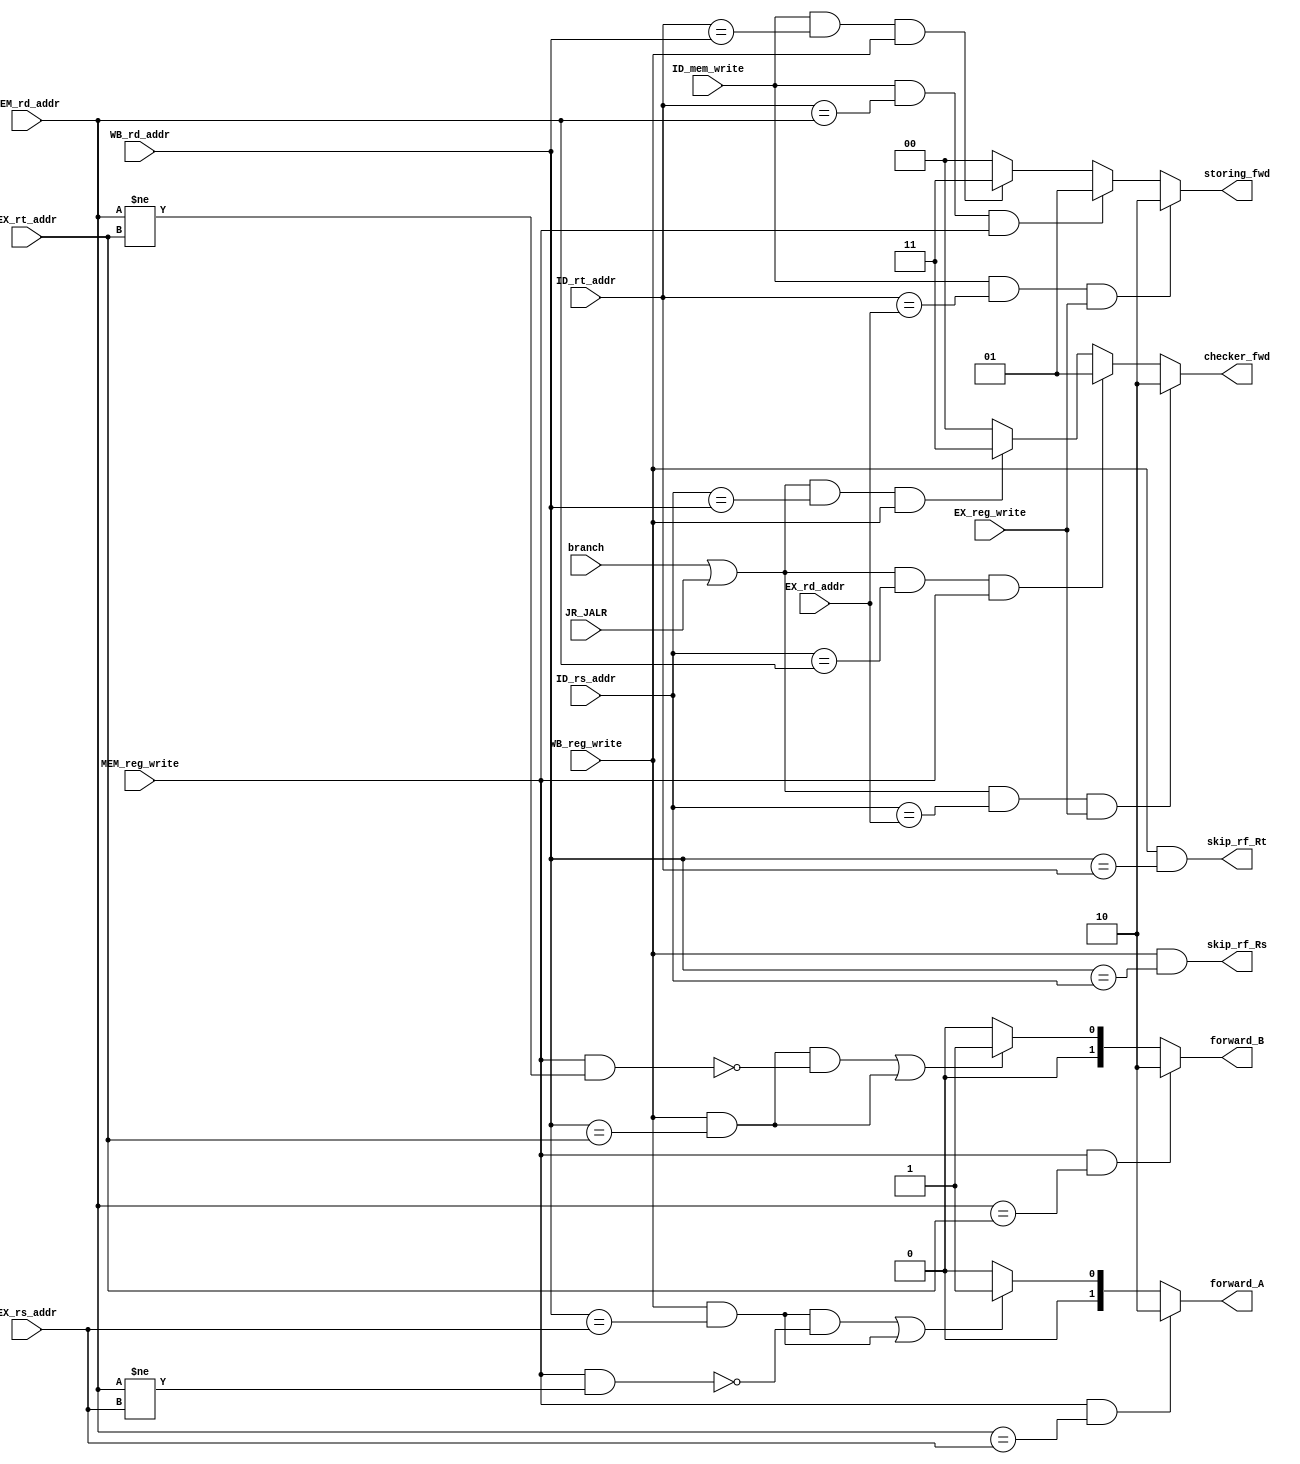
////////////////////////////////////////////////////////
// Project      : WiscSP13 - Pipelined                //
// Module       : frwrd_block                         //
// Descrption   : Controls forwarding of ALU inputs   //
////////////////////////////////////////////////////////

module frwrd_block (EX_rs_addr, EX_rt_addr, EX_rd_addr, MEM_rd_addr, WB_rd_addr, branch,
					MEM_reg_write, WB_reg_write, ID_rt_addr, ID_mem_write, checker_fwd, 
					ID_rs_addr, skip_rf_Rs, skip_rf_Rt, forward_A, forward_B, storing_fwd,
					JR_JALR, EX_reg_write);

/*****************************************************|
|********* Input/ Output Signal Declarations *********|
|*****************************************************/
    //Input CLK & RST
		//None

    //Input Signals
		
        input wire	[2:0]	EX_rs_addr,		// ID/EX.RegRs
                    		EX_rt_addr,		// ID/EX.RegRt
                    		EX_rd_addr,		// ID/EX.RegRd
                    		MEM_rd_addr,	// EX/MEM.RegRd
                    		WB_rd_addr,		// MEM/WB.RegRd
							ID_rs_addr,		// IF/ID.RegRs
							ID_rt_addr;		// IF/ID.RegRt
        
    //Input Control Signals
        input	wire	MEM_reg_write,	// EX/MEM.RegWrite
            			WB_reg_write,	// MEM/WB.RegWrite
						ID_mem_write,
						EX_reg_write,
						branch,
						JR_JALR;
        
    //Output Signals
        output wire	[1:0]	forward_A,	// Control sig to forward to A input of ALU 
        					forward_B,	// Control sig to forward to B input of ALU 
							storing_fwd,
							checker_fwd;
		
		output wire 		skip_rf_Rs,	// Control sign to bypass reg file writing for Rs
							skip_rf_Rt; // Control sign to bypass reg file writing for Rt	
    
/*****************************************************|
|********** Internal Signal Declarations *************|
|*****************************************************/
	wire	A_needs_EX_fwd, B_needs_EX_fwd, 
			A_needs_MEM_fwd, B_needs_MEM_fwd,
			A_needs_WB_fwd, B_needs_WB_fwd;

	wire	storing_needs_EX_fwd,
			storing_needs_MEM_fwd,
			storing_needs_bypass,
			checker_needs_EX_fwd,
			checker_needs_MEM_fwd,
			checker_needs_bypass;			

/*****************************************************|
|********* Internal Module Instantitations ***********|
|*****************************************************/
	//None

/*****************************************************|
|***************** Internal Logic ********************|
|*****************************************************/
	//Register Forwarding
	assign skip_rf_Rs = WB_reg_write & (WB_rd_addr == ID_rs_addr);
	assign skip_rf_Rt = WB_reg_write & (WB_rd_addr == ID_rt_addr);

	//EX Forwarding
	/*
	if (EX/MEM.RegWrite AND (EX/MEM.RegisterRd  0) AND (EX/MEM.RegisterRd = ID/EX.RegisterRs)) 
		ForwardA = 10
	if (EX/MEM.RegWrite AND (EX/MEM.RegisterRd  0) AND (EX/MEM.RegisterRd = ID/EX.RegisterRt)) 
		ForwardB = 10
	*/

	assign 	A_needs_EX_fwd = MEM_reg_write & (MEM_rd_addr == EX_rs_addr);
	assign	B_needs_EX_fwd = MEM_reg_write & (MEM_rd_addr == EX_rt_addr);

	//MEM Forwarding
	/*
	if (MEM/WB.RegWrite AND 
			(MEM/WB.RegisterRd = ID/EX.RegisterRs)) AND 
				not(EX/MEM.RegWrite and (EX/MEM.RegisterRd  0)  and (EX/MEM.RegisterRd  ID/EX.RegisterRs)) 
		ForwardA = 01
	if (
		MEM/WB.RegWrite AND
				(MEM/WB.RegisterRd = ID/EX.RegisterRt)) AND
					not(EX/MEM.RegWrite AND (EX/MEM.RegisterRd  0) and (EX/MEM.RegisterRd  ID/EX.RegisterRt)) 
		ForwardB = 01
	*/
	assign 	A_needs_MEM_fwd = 	WB_reg_write & (WB_rd_addr == EX_rs_addr) & ~(MEM_reg_write & (MEM_rd_addr != EX_rs_addr));
	assign	B_needs_MEM_fwd = 	WB_reg_write & (WB_rd_addr == EX_rt_addr) & ~(MEM_reg_write & (MEM_rd_addr != EX_rt_addr));
	
	//WB Forwarding
	// assign 	A_needs_WB_fwd = MEM_reg_write & (WB_rd_addr == EX_rs_addr);
	// assign	B_needs_WB_fwd = MEM_reg_write & (WB_rd_addr == EX_rt_addr);
	assign 	A_needs_WB_fwd = WB_reg_write & (WB_rd_addr == EX_rs_addr);
	assign	B_needs_WB_fwd = WB_reg_write & (WB_rd_addr == EX_rt_addr);

	assign forward_A =	A_needs_EX_fwd 	? 2'b10 :
						(A_needs_MEM_fwd | A_needs_WB_fwd)? 2'b01 :
						2'b00;

	assign forward_B =	B_needs_EX_fwd 						? 2'b10 :
						(B_needs_MEM_fwd | B_needs_WB_fwd)  ? 2'b01 :
						2'b00;

	//Forwarding for proper storage during memory store operations	
	assign storing_needs_EX_fwd  = ID_mem_write & (ID_rt_addr == EX_rd_addr)  & EX_reg_write;
	assign storing_needs_MEM_fwd = ID_mem_write & (ID_rt_addr == MEM_rd_addr) & MEM_reg_write;
	assign storing_needs_bypass  = ID_mem_write & (ID_rt_addr == WB_rd_addr)  & WB_reg_write;

	assign storing_fwd = storing_needs_EX_fwd	? 2'b10	:
						 storing_needs_MEM_fwd	? 2'b01 :
						 storing_needs_bypass	? 2'b11	:
						 2'b00;	

	//Forwarding for proper value checks during early branching
	assign checker_needs_EX_fwd  = (branch | JR_JALR) & (ID_rs_addr == EX_rd_addr) 	& EX_reg_write;
	assign checker_needs_MEM_fwd = (branch | JR_JALR) & (ID_rs_addr == MEM_rd_addr) & MEM_reg_write;
	assign checker_needs_bypass  = (branch | JR_JALR) & (ID_rs_addr == WB_rd_addr)  & WB_reg_write;

	assign checker_fwd = checker_needs_EX_fwd	? 2'b10	:
						 checker_needs_MEM_fwd	? 2'b01 :
						 checker_needs_bypass	? 2'b11	:
						 2'b00;	

endmodule